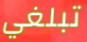
تبلغي